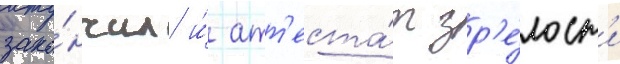
зако́нчил и́ атт'еста́т зр'е́лост'и